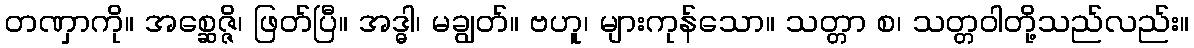
တဏှာကို။ အစ္ဆေဇ္ဇိ၊ ဖြတ်ပြီ။ အဒ္ဓါ၊ မချွတ်။ ဗဟူ၊ များကုန်သော။ သတ္တာ စ၊ သတ္တဝါတို့သည်လည်း။